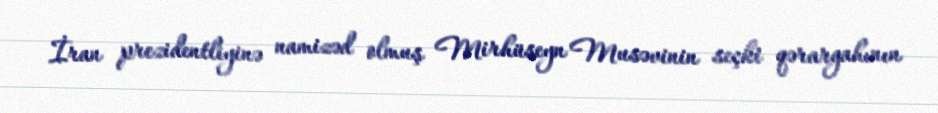
İran prezidentliyinə namizəd olmuş Mirhüseyn Musəvinin seçki qərargahının